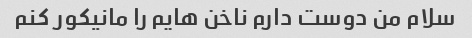
سلام من دوست دارم ناخن هایم را مانیکور کنم